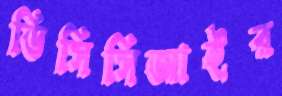
ডিসিসিআইর